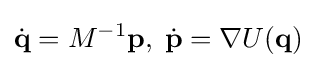
{\dot {\mathbf {q} }}=M^{-1}\mathbf {p} ,\;{\dot {\mathbf {p} }}=\nabla U(\mathbf {q} )